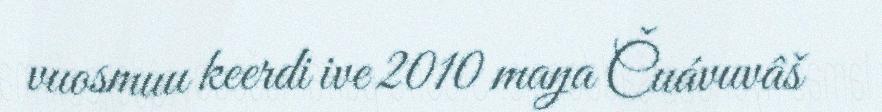
vuosmuu keerdi ive 2010 maŋa Čuávuvâš